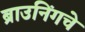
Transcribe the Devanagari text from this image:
ब्राउनिंगचे